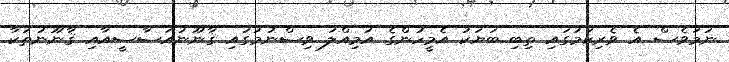
ނަމަވެސް އެ ވެރިކަމުގައި ތިބި ބަޔަކު އެމީހުންގެ އަމިއްލަ ވިސްނުމުގައި ޤާނޫނުއަސާސީއާއި ޤާނޫނުތަކާ